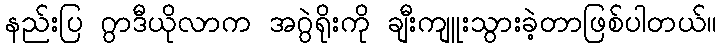
နည်းပြ ဂွာဒီယိုလာက အဂွဲရိုးကို ချီးကျူးသွားခဲ့တာဖြစ်ပါတယ်။